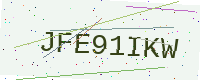
Text: JFE91IKW